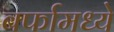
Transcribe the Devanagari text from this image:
बर्फामध्ये